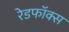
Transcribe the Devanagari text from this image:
रेडफॉक्स